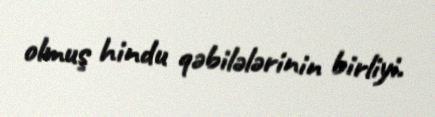
olmuş hindu qəbilələrinin birliyi.